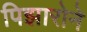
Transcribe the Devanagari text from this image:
पिझारोने